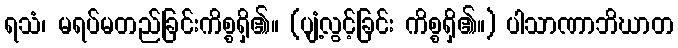
ရသံ၊ မရပ်မတည်ခြင်းကိစ္စရှိ၏။ (ပျံ့လွင့်ခြင်း ကိစ္စရှိ၏။) ပါသာဏာဘိဃာတ